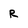
Character: R